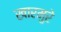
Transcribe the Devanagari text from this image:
खारमुरे